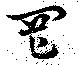
罔